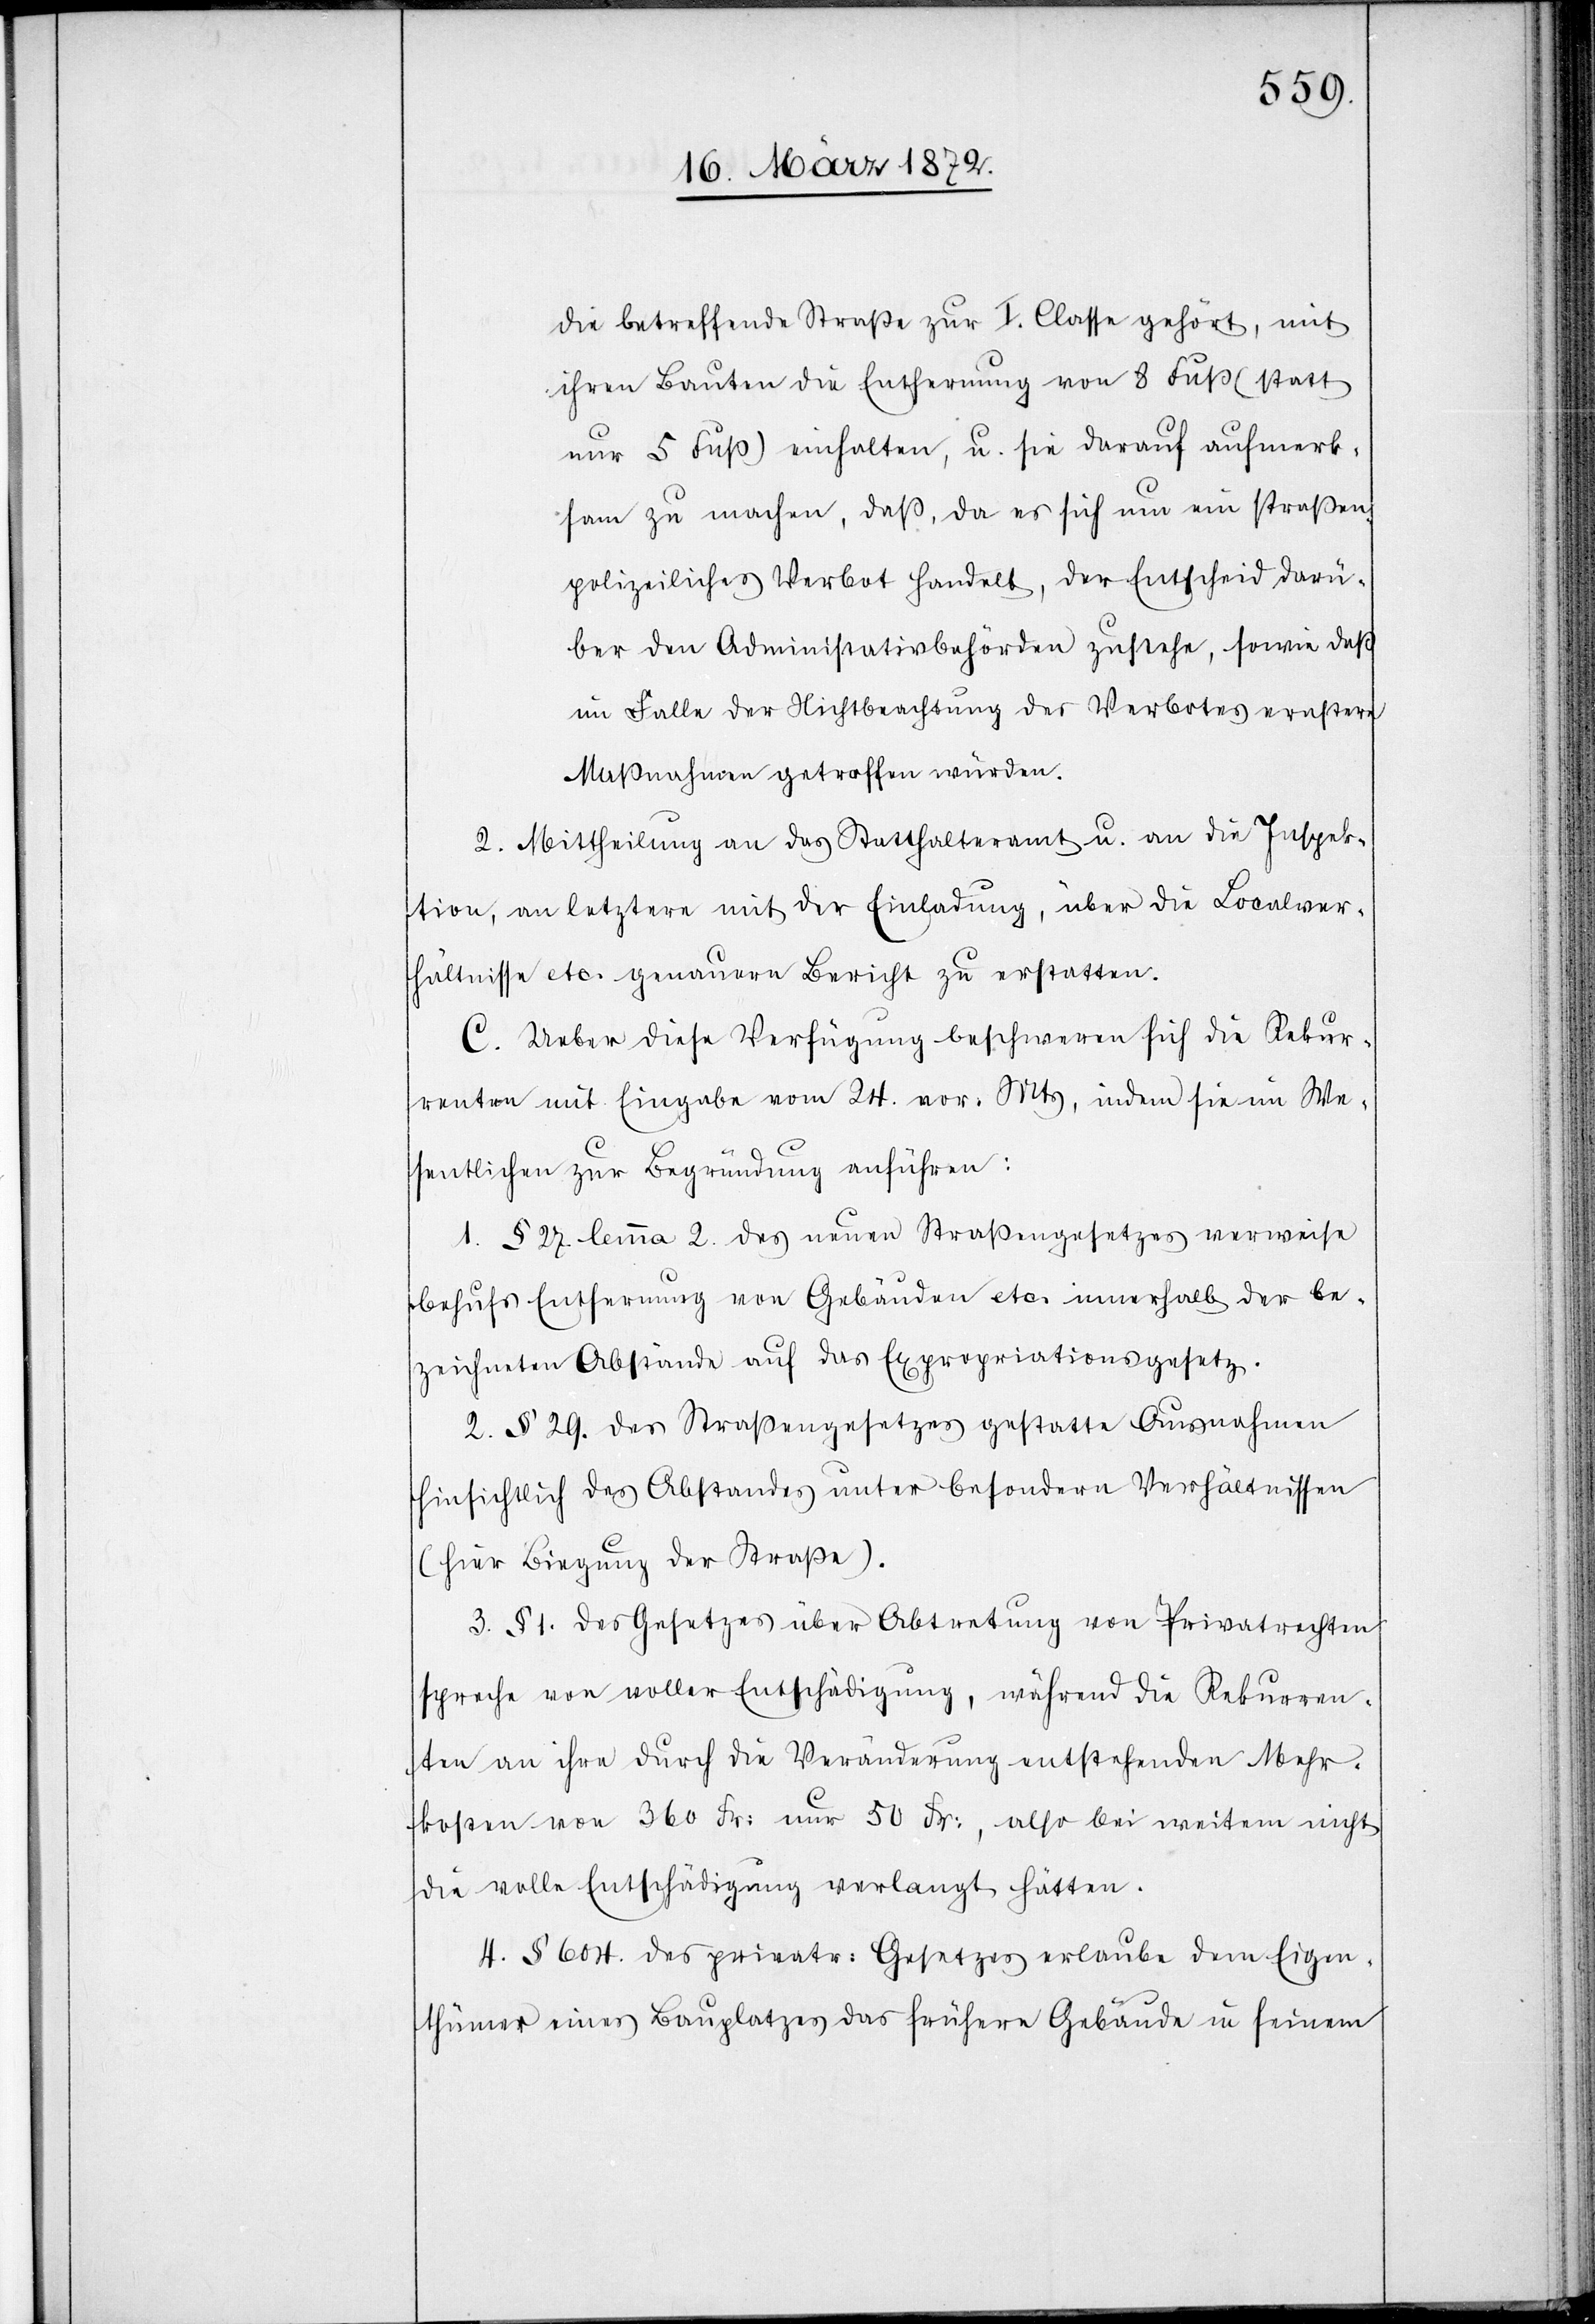
die betreffende Straße zur I. Classe gehört, mit
ihren Bauten die Entfernung von 8 Fuß (statt
nur 5 Fuß) einhalten, u. sie darauf aufmerk¬
sam zu machen, daß, da es sich um ein straßen¬
polizeiliches Verbot handelt, der Entscheid darü¬
ber den Administ[r]ativbehörden zustehe, sowie deß
im Falle der Nichtbeachtung des Verbotes ernstere
Maßnahmen getroffen würden.
2. Mittheilung an das Statthalteramt u. an die Inspek¬
tion, an letztere mit der Einladung, über die Localver¬
hältnisse etc. genauern Bericht zu erstatten.
C. Ueber diese Verfügung beschweren sich die Rekur¬
renten mit Eingabe vom 24. vor. Mts, indem sie im We¬
sentlichen zur Begründung anführen:
1. § 27. lemma 2. des neuen Straßengesetzes verweise
behufs Entfernung von Gebäuden etc. innerhalb der be¬
zeichneten Abstände auf das Expropriationsgesetz.
2. § 29. des Straßengesetzes gestatte Ausnahmen
hinsichtlich des Abstandes unter besondern Verhältnissen
(hier Biegung der Straße).
3. § 1. des Gesetzes über Abtretung von Privatrechten
spreche von voller Entschädigung, während die Rekurren¬
ten an ihre durch die Veränderung entstehenden Mehr¬
kosten von 360 Fr: nur 50 Fr:, also bei weitem nicht
die volle Entschädigung verlangt hätten.
4. § 604. des privatr: Gesetzes erlaube dem Eigen¬
thümer eines Bauplatzes das frühere Gebäude in seinem